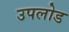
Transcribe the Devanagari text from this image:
उपलोड